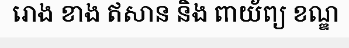
រោង ខាង ឥសាន និង ពាយ័ព្យ ខណ្ឌ